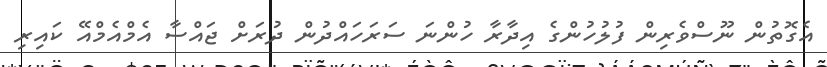
އެގޮތުން ނޫސްވެރިން ފުލުހުންގެ އިދާރާ ހުންނަ ސަރަހައްދުން ދުރަށް ޖައްސާ އެމްއެމްއޭ ކައިރި